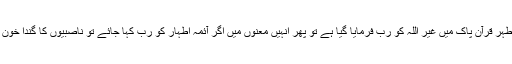
تو جب اللہ کی کتاب مطہر قرآن پاک میں غیر اللہ کو رب فرمایا گیا ہے تو پھر انہیں معنوں میں اگر آئمہ اطہار کو رب کہا جائے تو ناصبیوں کا گندا خون جوش کیوں مارتا ہے؟